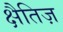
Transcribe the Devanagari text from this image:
क्षैतिज़